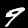
Digit: 9